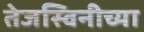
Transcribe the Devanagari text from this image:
तेजस्विनीच्या